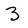
Character: 3